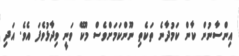
އިންސާނުން ކާން ކަމުދާނެ ތަކެތި ނޫންކަމަށްވެސް މޫކޭ ވަނީ ވިދާޅުވެފަ އެވެ. އަދި